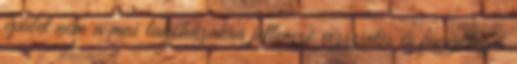
épület nem a mai lakóházakra jellemző vízszintes és függőleges